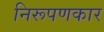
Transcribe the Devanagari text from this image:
निरूपणकार